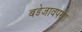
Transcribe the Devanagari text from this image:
बडेजावपणा